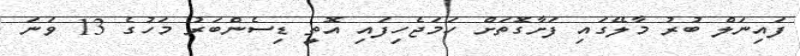
ފައިނަލް ބުރު މާލޭގައި ފަށާގޮތަށް ހަމަޖެހިފައި އޮތީ ޑިސެންބަރު މަހުގެ 13 ވަނަ